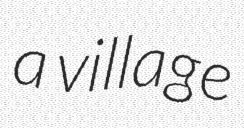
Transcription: a village